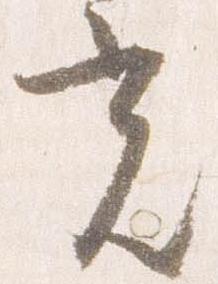
光